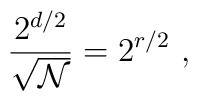
{2^{d/2}\over\sqrt{\cal N}}= 2^{r/2} \ ,